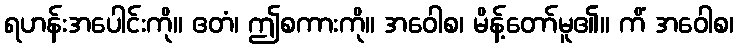
ရဟန်းအပေါင်းကို။ ဧတံ၊ ဤစကားကို။ အဝေါစ၊ မိန့်တော်မူ၏။ ကိံ အဝေါစ၊